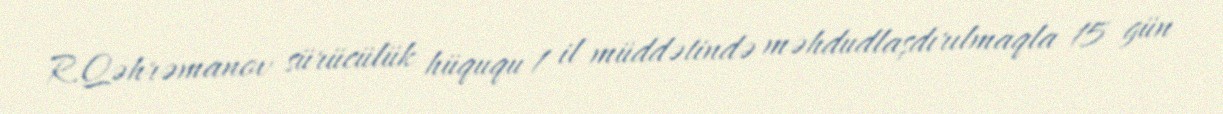
R.Qəhrəmanov sürücülük hüququ 1 il müddətində məhdudlaşdırılmaqla 15 gün